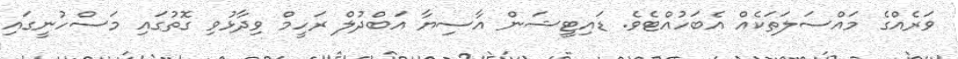
ވަރެއްގެ މައްސަލަތަކެއް އެބަހުއްޓެވެ. ޑައިޓީޝަން އާސިޔާ އަބްދުލް ރަހީމް ވިދާޅުވި ގޮތުގައި މަސްހުނީގައި